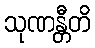
သုဏန္တီတိ